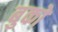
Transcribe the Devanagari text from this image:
बुकों